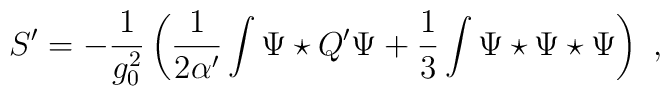
S'=-\frac{1}{g_0^2}\left(\frac{1}{2\alpha'}\int \Psi \star Q'\Psi+\frac{1}{3}\int \Psi\star\Psi\star\Psi\right) \ ,